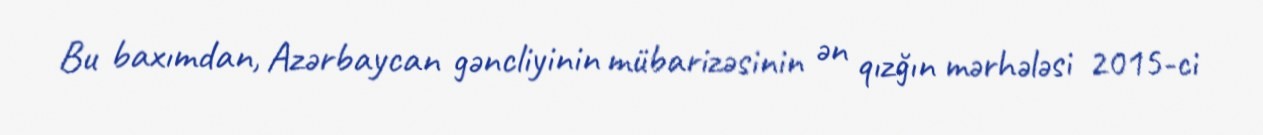
Bu baxımdan, Azərbaycan gəncliyinin mübarizəsinin ən qızğın mərhələsi 2015-ci